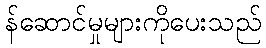
န်ဆောင်မှုများကိုပေးသည်